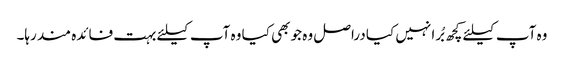
وہ آپ کیلئے کچھ بُرا نہیں کیا دراصل وہ جو بھی کیا وہ آپ کیلئے بہت فائدہ مند رہا۔